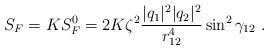
LaTeX: \begin{align*}S_F = K S_F^0=2 K \zeta^2 \frac{ |q_1|^2 |q_2|^2}{ r_{12}^4 } \sin^2 \gamma_{12}~.\end{align*}